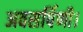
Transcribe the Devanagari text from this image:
अवसर्पिणी।